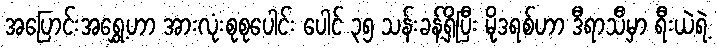
အပြောင်းအရွှေ့ဟာ အားလုံးစုစုပေါင်း ပေါင် ၃၅ သန်းခန့်ရှိပြီး မိုဒရစ်ဟာ ဒီရာသီမှာ ရီးယဲရဲ့